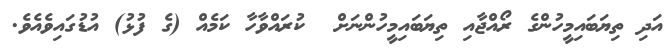
އަދި ތިޔަބައިމީހުންގެ ރޯއްޖާއި ތިޔަބައިމީހުންނަށް  ކުރައްވާހާ ކަމެއް (ގެ ފުޅު) އުޑުގައިވެއެވެ.